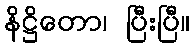
နိဋ္ဌိတော၊ ပြီးပြီ။